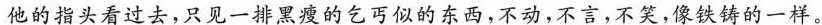
他的指头看过去,只见一排黑瘦的乞巧似的东西,不动,不言,不笑,像铁铸的一样。